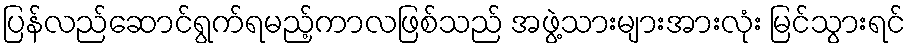
ပြန်လည်ဆောင်ရွက်ရမည့်ကာလဖြစ်သည် အဖွဲ့သားများအားလုံး မြင်သွားရင်